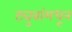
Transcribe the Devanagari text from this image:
ट्युबांमधून